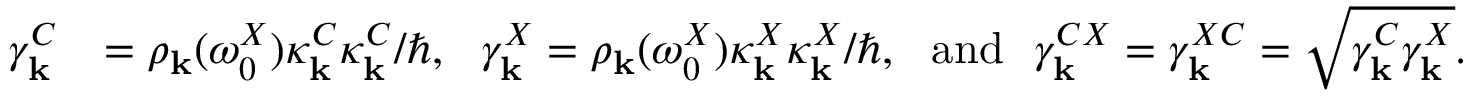
\begin{array} { r l } { \gamma _ { \bf k } ^ { C } } & { = \rho _ { \bf k } ( \omega _ { 0 } ^ { X } ) \kappa _ { \bf k } ^ { C } \kappa _ { \bf k } ^ { C } / \hbar , ~ ~ \gamma _ { \bf k } ^ { X } = \rho _ { \bf k } ( \omega _ { 0 } ^ { X } ) \kappa _ { \bf k } ^ { X } \kappa _ { \bf k } ^ { X } / \hbar , ~ ~ \mathrm { a n d } ~ ~ \gamma _ { \bf k } ^ { C X } = \gamma _ { \bf k } ^ { X C } = \sqrt { \gamma _ { \bf k } ^ { C } \gamma _ { \bf k } ^ { X } } . } \end{array}